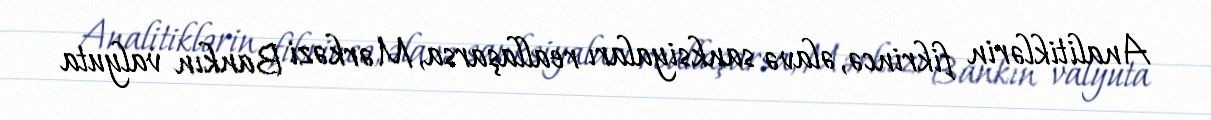
Analitiklərin fikrincə, əlavə sanksiyaları reallaşarsa, Mərkəzi Bankın valyuta